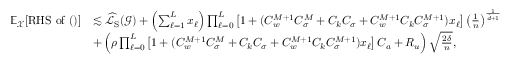
\begin{array} { r l } { \mathbb { E } _ { \boldsymbol { \mathcal { X } } } [ \mathrm { R H S ~ o f ~ ( ) } ] } & { \lesssim \widehat { \mathcal { L } } _ { \mathrm { S } } ( \boldsymbol { \mathcal { G } } ) + \left( \sum _ { \ell = 1 } ^ { L } x _ { \ell } \right) \prod _ { \ell = 0 } ^ { L } \left[ 1 + ( C _ { w } ^ { M + 1 } C _ { \sigma } ^ { M } + C _ { k } C _ { \sigma } + C _ { w } ^ { M + 1 } C _ { k } C _ { \sigma } ^ { M + 1 } ) x _ { \ell } \right] \left( \frac { 1 } { n } \right) ^ { \frac { 1 } { \hat { d } + 1 } } } \\ & { + \left( \rho \prod _ { \ell = 0 } ^ { L } \left[ 1 + ( C _ { w } ^ { M + 1 } C _ { \sigma } ^ { M } + C _ { k } C _ { \sigma } + C _ { w } ^ { M + 1 } C _ { k } C _ { \sigma } ^ { M + 1 } ) x _ { \ell } \right] C _ { a } + R _ { u } \right) \sqrt { \frac { 2 \delta } { n } } , } \end{array}